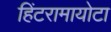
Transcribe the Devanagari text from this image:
हिंटरामायोटा